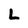
Character: L